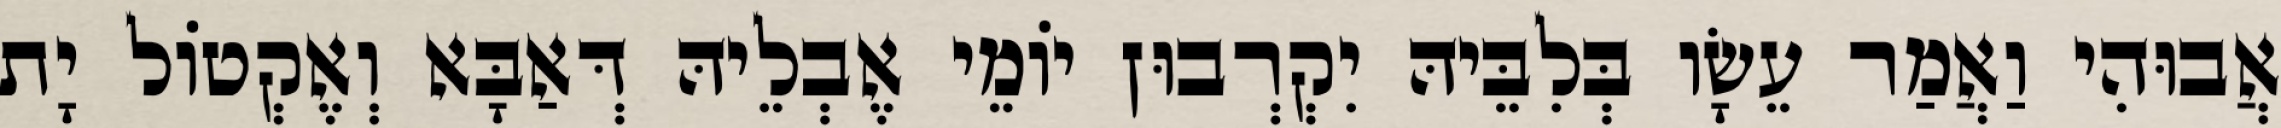
אֲבוּהִי וַאֲמַר עֵשָׂו בְּלִבֵּיהּ יִקְרְבוּן יוֹמֵי אֶבְלֵיהּ דְּאַבָּא וְאֶקְטוֹל יָת